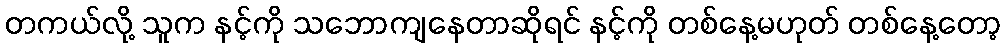
တကယ်လို့ သူက နင့်ကို သဘောကျနေတာဆိုရင် နင့်ကို တစ်နေ့မဟုတ် တစ်နေ့တော့